Code of medical and sanitary regulations for the guidance of medical officers serving in the Madras Presidency - Volume I
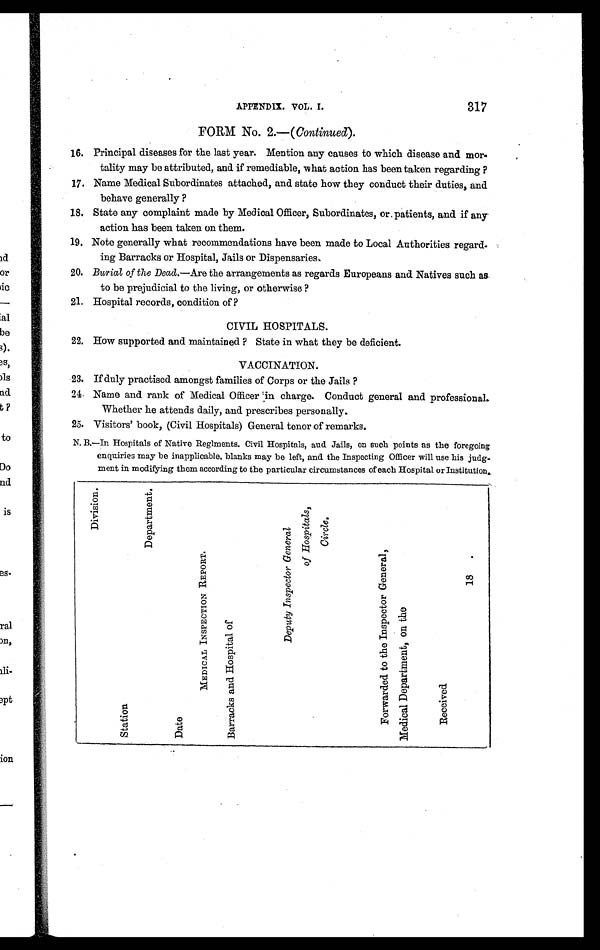
APPENDIX. VOL. I.
317
FORM No. 2.—(Continued).
16. Principal diseases for the last year. Mention any causes to which disease and mor
- t a l i t y m a y b e a t t r i b u t e d , a n d i f r e m e d i a b l e , w h a t a c t i o n h a s b e e n t a k e n r e g a r d i n g
?
17. Name Medical Subordinates attached, and state how they conduct their duties, and
behave generally ?
18. State any complaint made by Medical Officer, Subordinates, or. patients, and if any
action has been taken on them.
19. Note generally what recommendations have been made to Local Authorities regard-
ing Barracks or Hospital, Jails or Dispensaries
.
20. Burial of the Dead.—Are the arrangements as regards Europeans and Natives such as
to be prejudicial to the living, or otherwise ?
21. Hospital records, condition of ?
CIVIL HOSPITALS.
22. How supported and maintained ? State in what they be deficient.
VACCINATION.
23. If duly practised amongst families of Corps or the Jails ?
24. Name and rank of Medical Officer in charge. Conduct general and professional.
Whether he attends daily, and prescribes personally.
25. Visitors' book, (Civil Hospitals) General tenor of remarks.
N. B.—In Hospitals of Native Regiments. Civil Hospitals, and Jails, on such points as the foregoing
enquiries may be inapplicable, blanks may be left, and the Inspecting Officer will use his judg-
ment in modifying them according to the particular circumstances of each Hospital or Institution
.
Division.
Station
Department.
Date
MEDICAL INSPECTION REPORT.
Barracks and Hospital of
Deputy Inspector General
of Hospitals,
Circle.
Forwarded to the Inspector General,
Medical Department, on the
Received
18